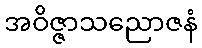
အဝိဇ္ဇာသညောဇနံ